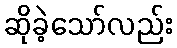
ဆိုခဲ့သော်လည်း